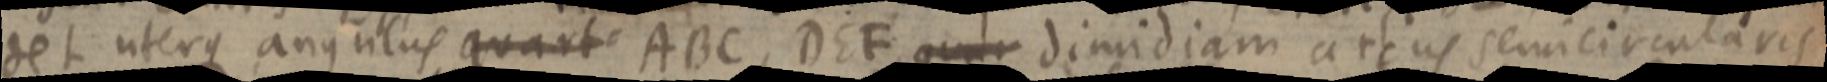
det uterque angulus quarte ABC, DEF qu_ dimidiam arcus semicircularis.